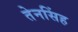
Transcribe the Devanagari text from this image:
तेनसिंह